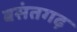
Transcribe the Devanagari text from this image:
बसंतगढ़